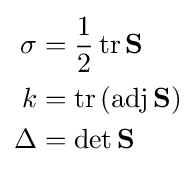
{\begin{aligned}\sigma &={\frac {1}{2}}\operatorname {tr} {\mathbf {S} }\\k&=\operatorname {tr} \left(\operatorname {adj} \mathbf {S} \right)\\\Delta &=\det \mathbf {S} \end{aligned}}